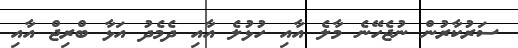
ސަރުކާރުން ނުޖެހޭނެ މާލެ އާއި ހުޅުލެ އާއި ދެމެދު އަޅާ ބްރިޖް އާއި